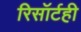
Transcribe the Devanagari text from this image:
रिसॉर्टही